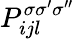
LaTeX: P_{ijl}^{\sigma\sigma^{\prime}\sigma^{\prime\prime}}